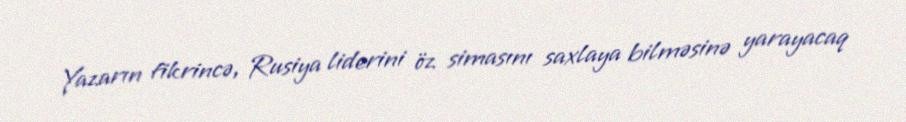
Yazarın fikrincə, Rusiya liderini öz simasını saxlaya bilməsinə yarayacaq